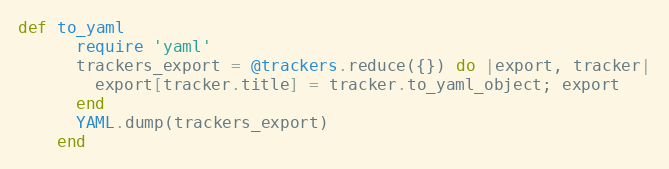
Language: Ruby
def to_yaml
      require 'yaml'
      trackers_export = @trackers.reduce({}) do |export, tracker|
        export[tracker.title] = tracker.to_yaml_object; export
      end
      YAML.dump(trackers_export)
    end